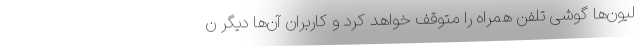
لیون‌ها گوشی تلفن همراه را متوقف خواهد کرد و کاربران آن‌ها دیگر ن